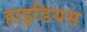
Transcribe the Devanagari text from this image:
हाइडियस